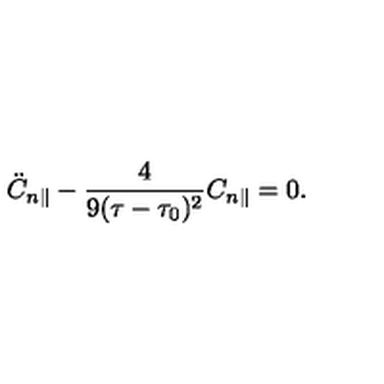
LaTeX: \ddot { C } _ { n \parallel } - \frac { 4 } { 9 ( \tau - \tau _ { 0 } ) ^ { 2 } } C _ { n \parallel } = 0 .